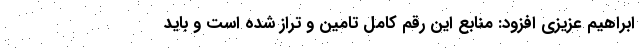
ابراهیم عزیزی افزود: منابع این رقم کامل تامین و تراز شده است و باید